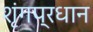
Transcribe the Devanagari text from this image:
शृंगप्रधान